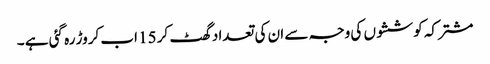
مشترکہ کوششوں کی وجہ سے ان کی تعداد گھٹ کر 15 اب کروڑ رہ گئی ہے ۔